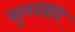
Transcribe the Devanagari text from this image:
सुरखार